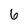
Character: 6